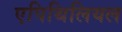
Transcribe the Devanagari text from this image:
एपिथिलियल